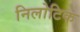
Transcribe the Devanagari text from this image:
निलोटिक